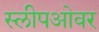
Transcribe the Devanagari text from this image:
स्लीपओवर